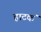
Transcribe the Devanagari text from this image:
हाटकं